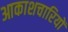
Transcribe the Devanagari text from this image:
आकाशचारियों